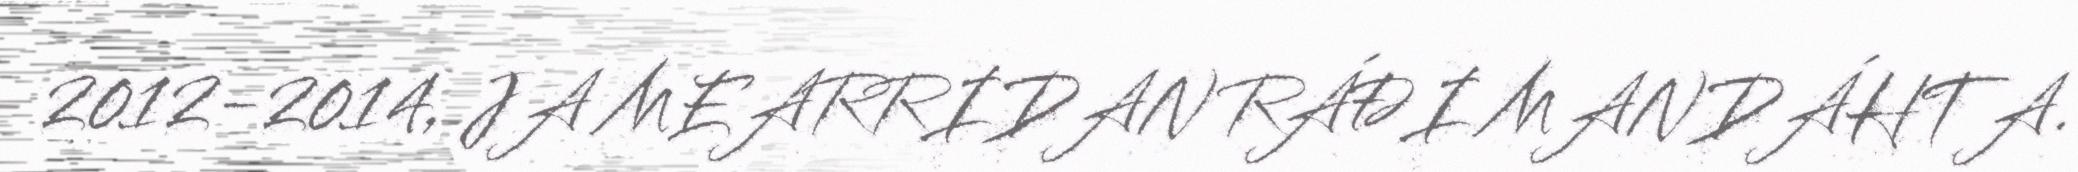
2012-2014, JA MEARRIDAN RÁĐI MANDÁHTA.